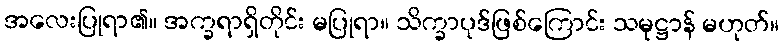
အလေးပြုရာ၏။ အက္ခရာရှိတိုင်း မပြုရာ။ သိက္ခာပုဒ်ဖြစ်ကြောင်း သမုဋ္ဌာန် မဟုတ်။